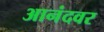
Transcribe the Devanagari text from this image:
आनंदवर